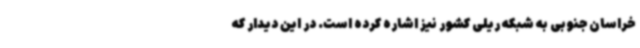
خراسان جنوبی به شبکه ریلی کشور نیز اشاره کرده است. در این دیدار که